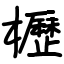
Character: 櫪